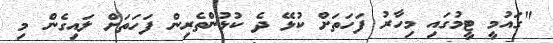
"ގައުމީ ޓީމުގައި މިހާރު ފަހަތަށް ކުޅޭ ދެ ކުޅުންތެރިން ފަހަތަށް ލައިގެން މި